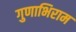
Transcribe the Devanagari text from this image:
गुणाभिराम